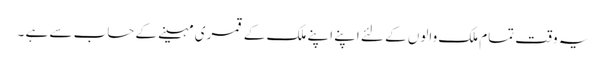
یہ وقت تمام ملک والوں کے لئے اپنے اپنے ملک کے قمری مہینے کے حساب سے ہے ۔